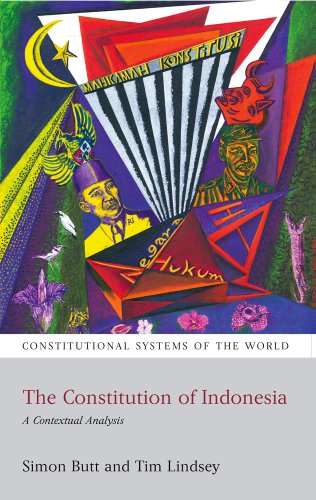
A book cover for The Constitution of Indonesia: A Contextual Analysis (Constitutional Systems of the World); Simon Butt; Law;